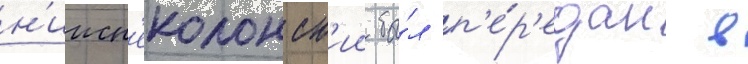
н'ижн'еколонск'ии бы́л п'е́р'едан в